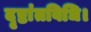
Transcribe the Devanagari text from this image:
दृष्टांतविधि।